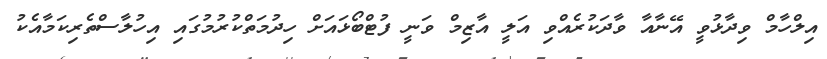
އިލްހާމް ވިދާޅުވީ އޭނާއާ ވާދަކުރެއްވި އަލީ އާޒިމް ވަނީ ފުޓްބޯޅައަށް ހިދުމަތްކުރުމުގައި އިހުލާސްތެރިކަމާއެކު